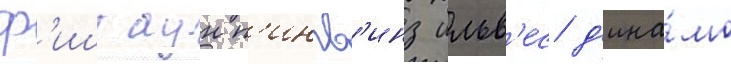
ф'иштаун п'ингв'инз ильв'ес д'ина́мо